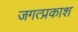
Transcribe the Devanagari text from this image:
जगत्प्रकाश